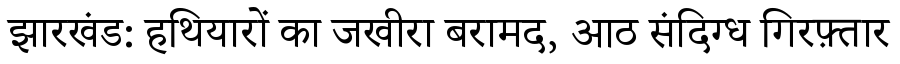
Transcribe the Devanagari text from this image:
झारखंड: हथियारों का जखीरा बरामद, आठ संदिग्ध गिरफ़्तार